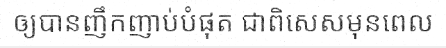
ឲ្យបានញឹកញាប់បំផុត ជាពិសេសមុនពេល